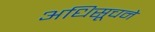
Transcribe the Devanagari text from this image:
अधिसूचने